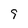
Character: 9